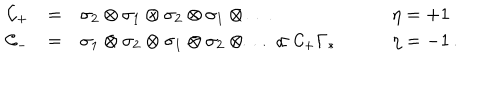
LaTeX: \begin{array} { r c l l } { { { \cal C } _ { + } } } & { { = } } & { { \sigma _ { 2 } \otimes \sigma _ { 1 } \otimes \sigma _ { 2 } \otimes \sigma _ { 1 } \otimes \ldots \qquad } } & { { \eta = + 1 \nonumber } } \\ { { { \cal C } _ { - } } } & { { = } } & { { \sigma _ { 1 } \otimes \sigma _ { 2 } \otimes \sigma _ { 1 } \otimes \sigma _ { 2 } \otimes \ldots \propto { \cal C } _ { + } \Gamma _ { * } \qquad } } & { { \eta = - 1 \, . } } \\ \end{array}